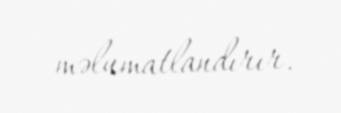
məlumatlandırır.